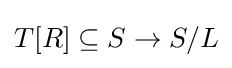
T[R]\subseteq S\rightarrow S/L